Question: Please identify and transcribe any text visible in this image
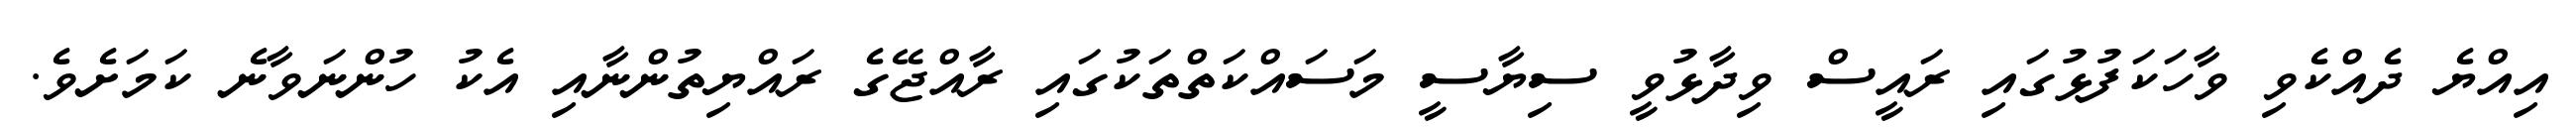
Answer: އިއްޔެ ދެއްކެވި ވާހަކަފުޅުގައި ރައީސް ވިދާޅުވީ ސިޔާސީ މަސައްކަތްތަކުގައި ރާއްޖޭގެ ރައްޔިތުންނާއި އެކު ހުންނަވާނެ ކަމަށެވެ.